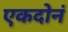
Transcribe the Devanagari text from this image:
एकदोनं